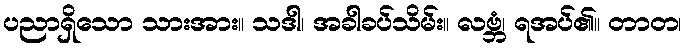
ပညာရှိသော သားအား။ သဒါ၊ အခါခပ်သိမ်း။ လဗ္ဘံ၊ ရအပ်၏။ တာတ၊